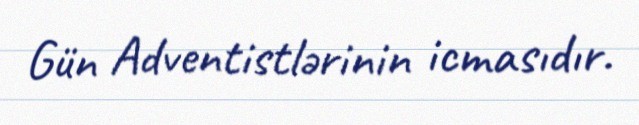
Gün Adventistlərinin icmasıdır.